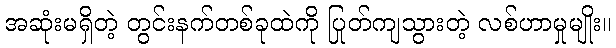
အဆုံးမရှိတဲ့ တွင်းနက်တစ်ခုထဲကို ပြုတ်ကျသွားတဲ့ လစ်ဟာမှုမျိုး။